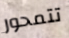
تتمحور